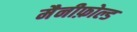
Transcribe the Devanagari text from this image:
मैनीफ़ोल्ड